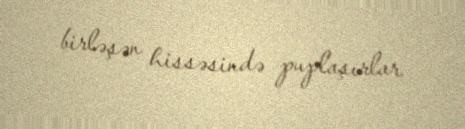
birləşən hissəsində puplaşırlar.